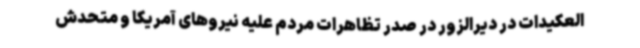
العکیدات در دیرالزور در صدر تظاهرات مردم علیه نیروهای آمریکا و متحدش